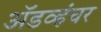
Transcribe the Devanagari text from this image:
ॲडव्हंचर